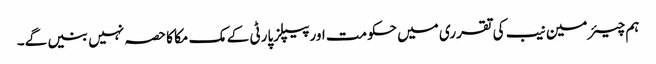
ہم چیئرمین نیب کی تقرری میں حکومت اورپیپلزپارٹی کے مک مکا کا حصہ نہیں بنیں گے۔